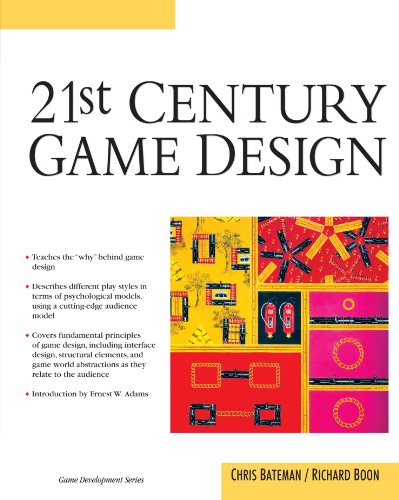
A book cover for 21st Century Game Design (Charles River Media Game Development); Chris Bateman; Computers & Technology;